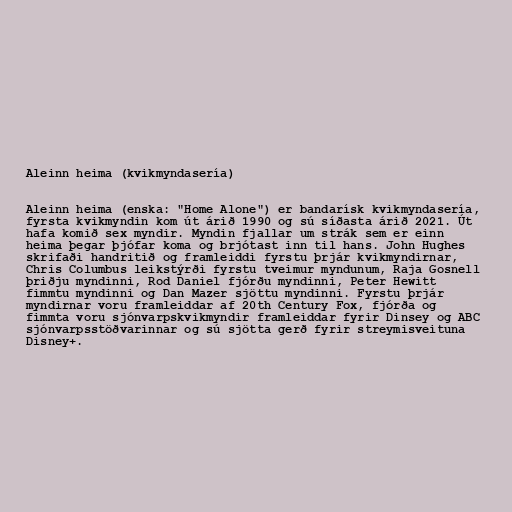
Aleinn heima (kvikmyndasería)

Aleinn heima (enska: "Home Alone") er bandarísk kvikmyndasería,
fyrsta kvikmyndin kom út árið 1990 og sú síðasta árið 2021. Út
hafa komið sex myndir. Myndin fjallar um strák sem er einn
heima þegar þjófar koma og brjótast inn til hans. John Hughes
skrifaði handritið og framleiddi fyrstu þrjár kvikmyndirnar,
Chris Columbus leikstýrði fyrstu tveimur myndunum, Raja Gosnell
þriðju myndinni, Rod Daniel fjórðu myndinni, Peter Hewitt
fimmtu myndinni og Dan Mazer sjöttu myndinni. Fyrstu þrjár
myndirnar voru framleiddar af 20th Century Fox, fjórða og
fimmta voru sjónvarpskvikmyndir framleiddar fyrir Dinsey og ABC
sjónvarpsstöðvarinnar og sú sjötta gerð fyrir streymisveituna
Disney+.